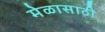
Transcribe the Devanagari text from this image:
मेळासाठी